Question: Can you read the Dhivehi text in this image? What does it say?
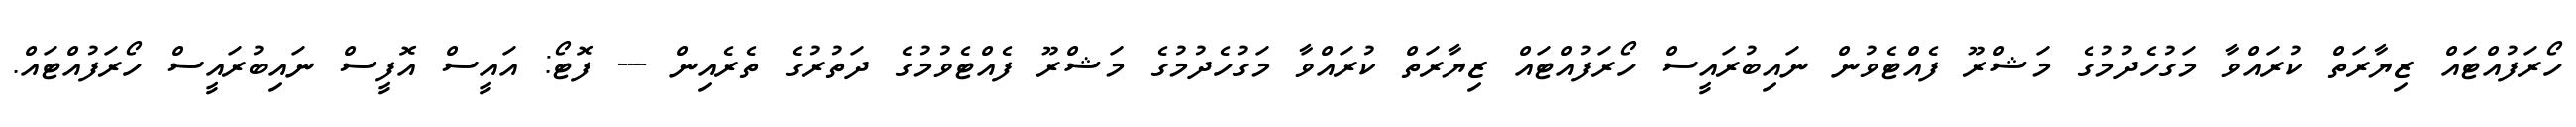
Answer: ހޯރަފުއްޓައް ޒިޔާރަތް ކުރައްވާ މަގުހެދުމުގެ މަޝްރޫ ފެއްޓެވުން ނައިބުރައީސް ހޯރަފުއްޓައް ޒިޔާރަތް ކުރައްވާ މަގުހެދުމުގެ މަޝްރޫ ފެއްޓެވުމުގެ ދަތުރުގެ ތެރެއިން --- ފޮޓޯ: އައީސް އޮފީސް ނައިބުރައީސް ހޯރަފުއްޓައް.